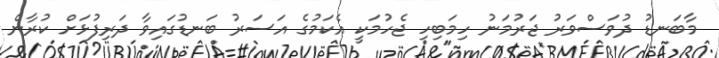
މާބަނޑު ދުވަސްވަރު ޖަރުމަނު ހިމަބިހި ޖެހުމަކީ އެކަމުގެ އަސަރު ބަނޑުގައިވާ ދަރިފުޅަށް ކުރާނެ